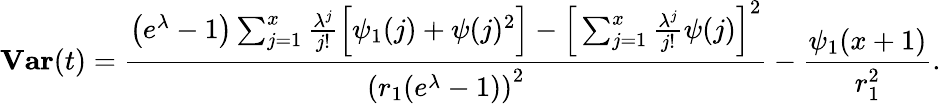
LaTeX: \textbf{Var}(t)=\frac{\left(e^{\lambda}-1\right)\sum_{j=1}^{x}\frac{\lambda^{j}}{j!}\Big[\psi_{1}(j)+\psi(j)^{2}\Big]-\Big[\sum_{j=1}^{x}\frac{\lambda^{j}}{j!}\psi(j)\Big]^{2}}{\left(r_{1}(e^{\lambda}-1)\right)^{2}}-\frac{\psi_{1}(x+1)}{r_{1}^{2}}.